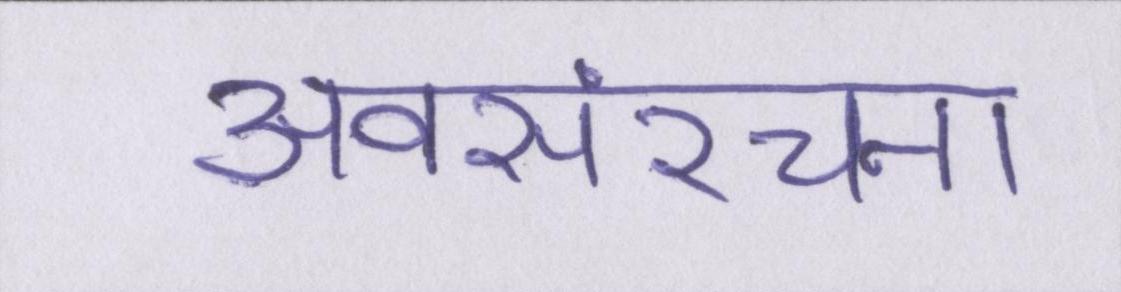
अवसंरचना